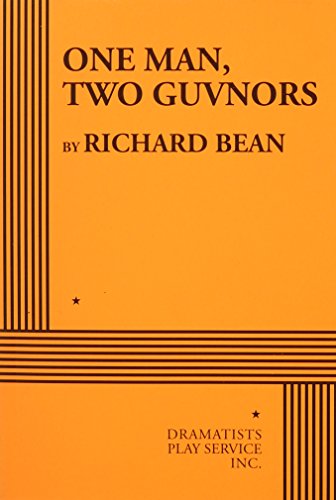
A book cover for One Man, Two Guvnors; Richard Bean; Humor & Entertainment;